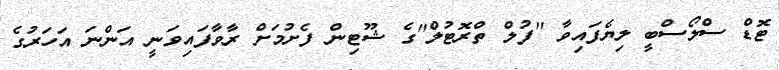
ޓޮޑް ސްލޯސްބީ ލިޔެފައިވާ ''ފުލް ތްރޮޓުލް''ގެ ޝޫޓިން ފެށުމަށް ރާވާފައިވަނީ އަންނަ އަހަރުގެ